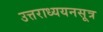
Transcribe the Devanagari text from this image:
उत्तराध्ययनसूत्र